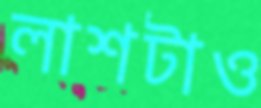
লাশটাও